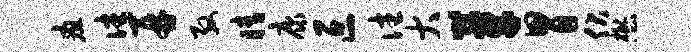
疽往再殷睛康叵往大芽胃伏懋